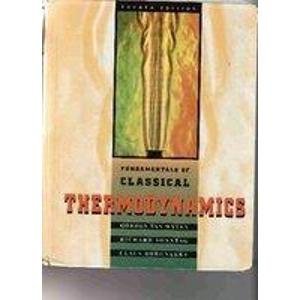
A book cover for Fundamentals of Classical Thermodynamics; Gordon J. Van Wylen; Science & Math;